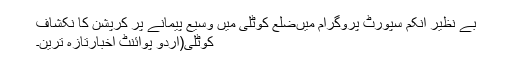
بے نظیر انکم سپورٹ پروگرام میںضلع کوٹلی میں وسیع پیمانے پر کرپشن کا نکشاف
کوٹلی(اُردو پوائنٹ اخبارتازہ ترین۔